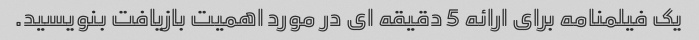
یک فیلمنامه برای ارائه 5 دقیقه ای در مورد اهمیت بازیافت بنویسید.